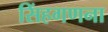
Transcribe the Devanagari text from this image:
सिंहगणना